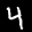
Label: 4